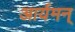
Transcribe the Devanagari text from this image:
आर्यमन्